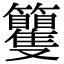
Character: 籰